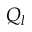
Q _ { l }